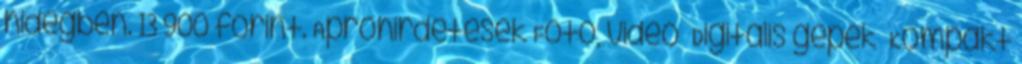
hidegben. 13 900 forint. Apróhirdetések»Fotó, videó »Digitális gépek »Kompakt